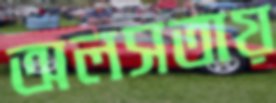
অলসতায়